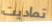
تماديت